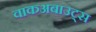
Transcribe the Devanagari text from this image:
वाकअबाउट्स